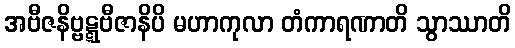
အဗီဇနိဗ္ဗဋ္ဋဗီဇာနိပိ မဟာကုလာ တံကာရဏာတိ သွာဿာတိ